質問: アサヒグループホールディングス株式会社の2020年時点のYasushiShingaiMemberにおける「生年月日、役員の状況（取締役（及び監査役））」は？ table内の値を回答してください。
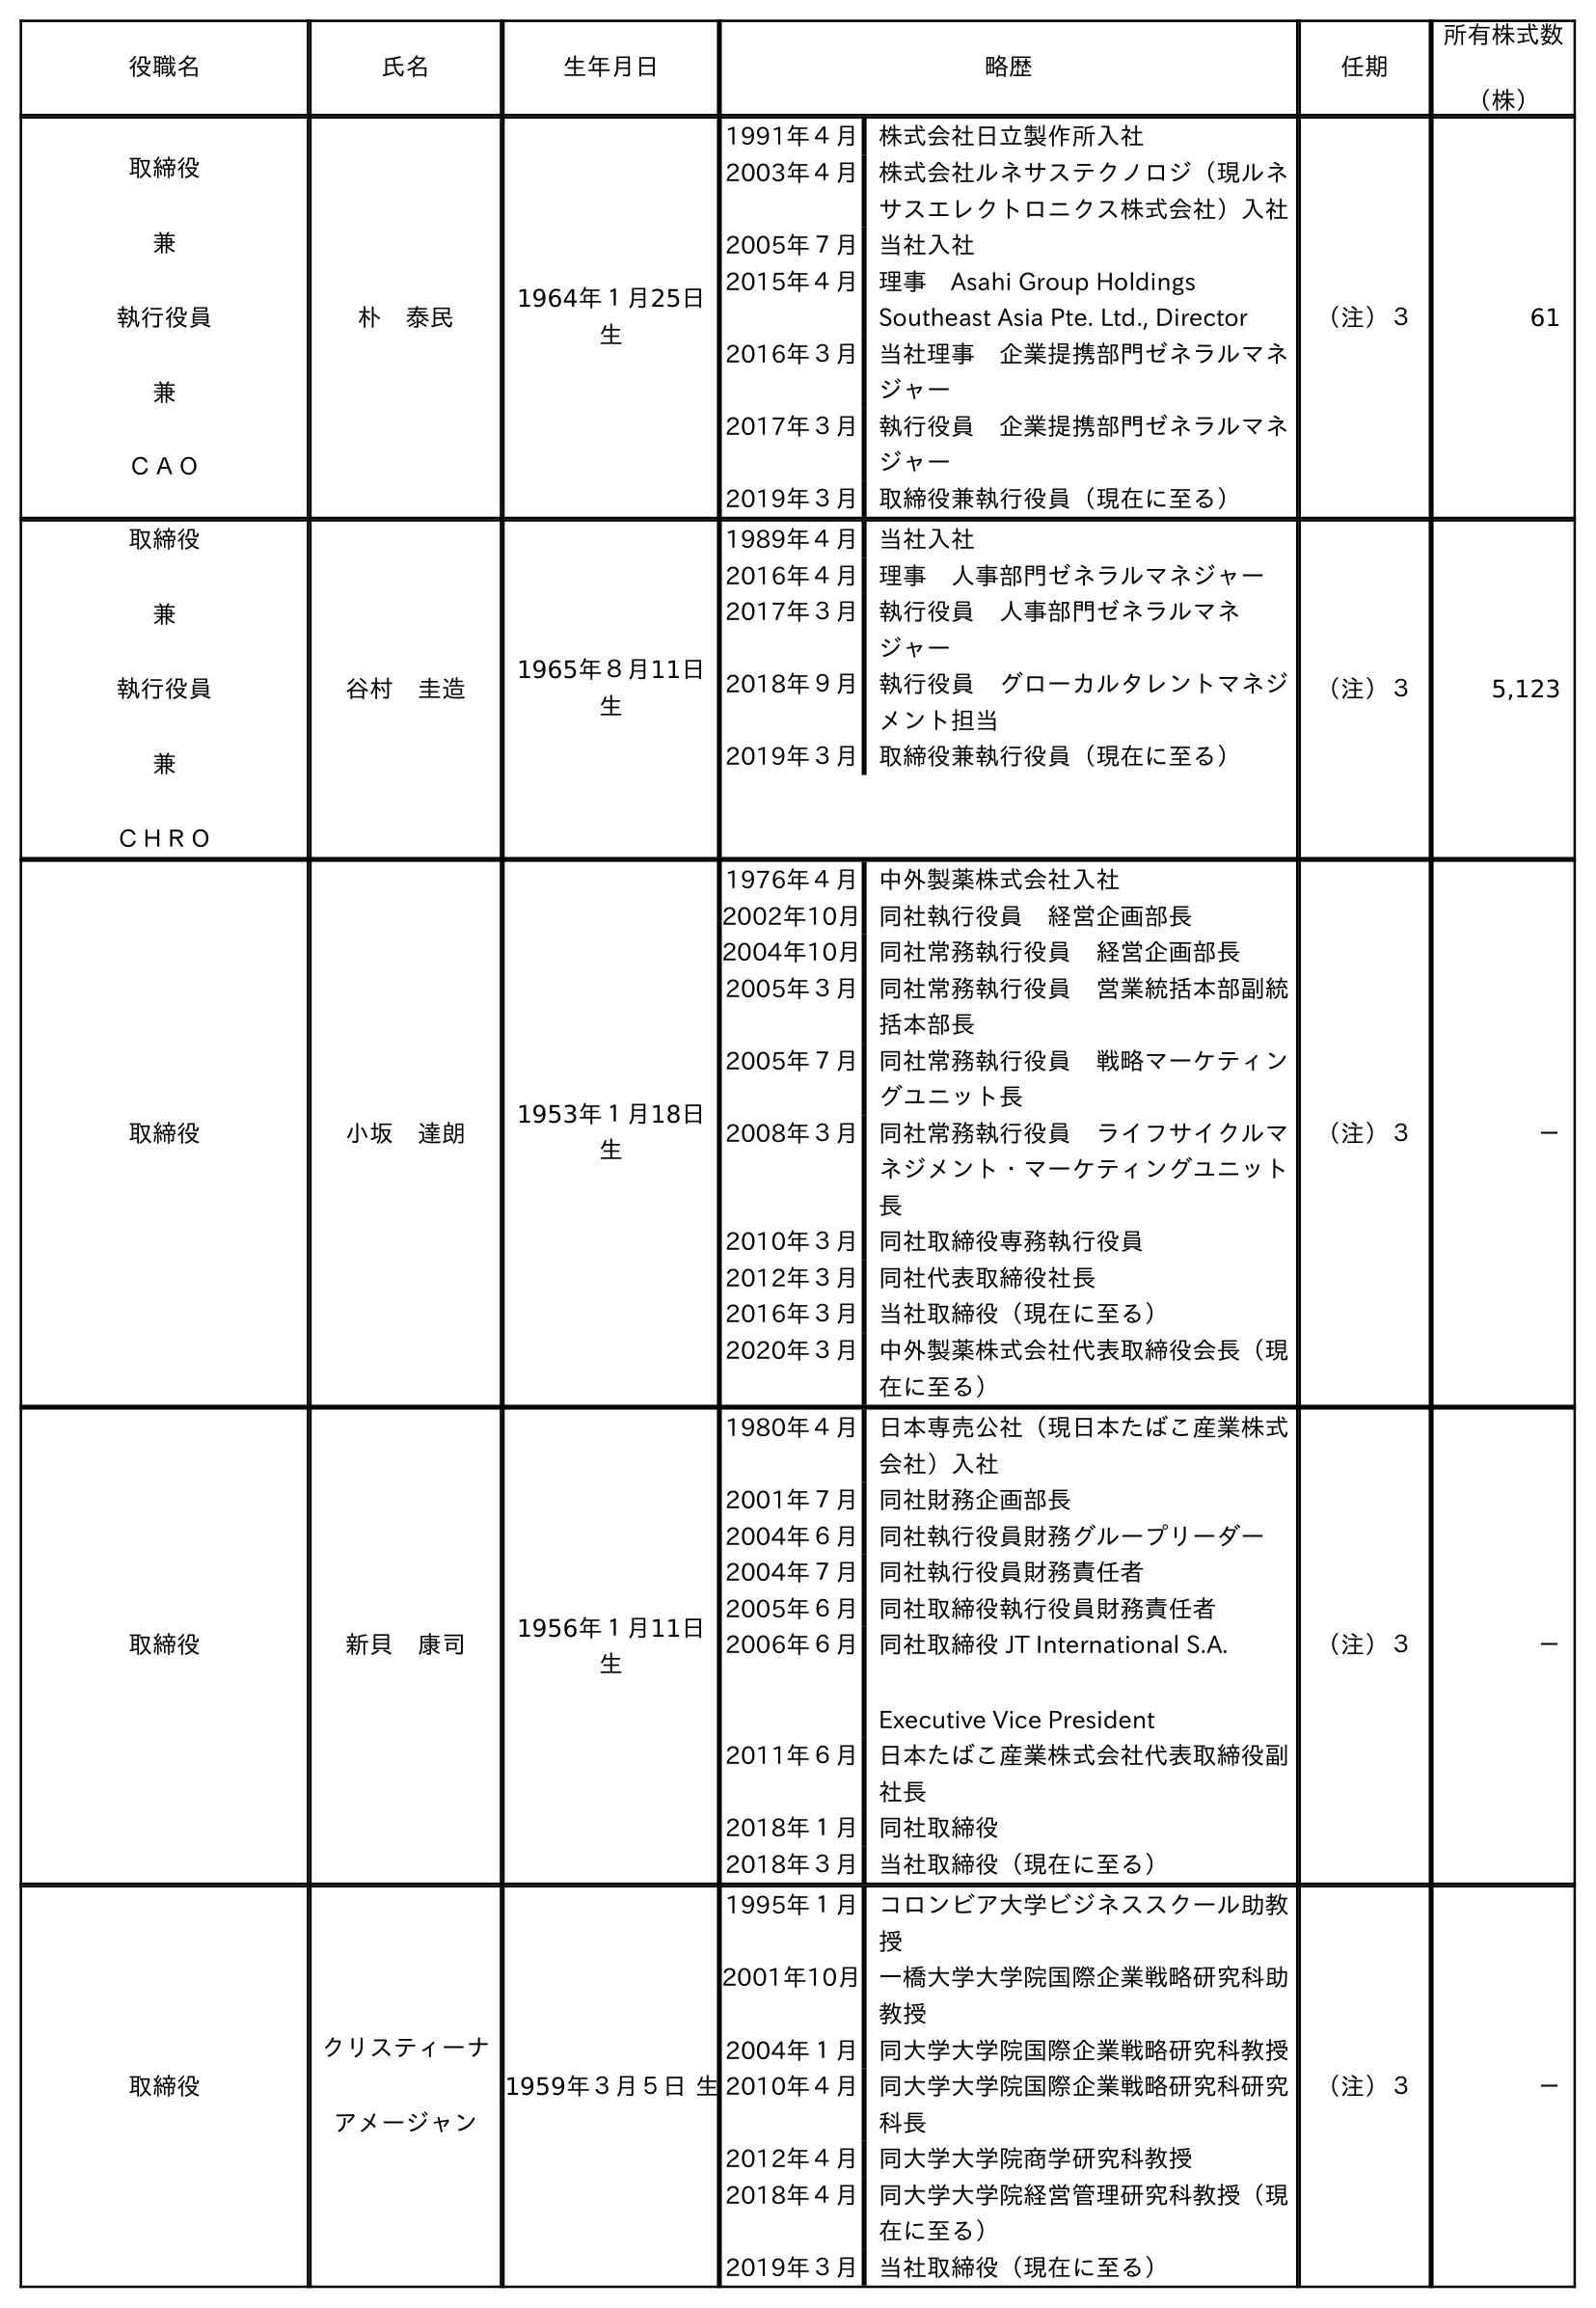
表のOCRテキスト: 役職名 氏名 生年月日 略歴 任期 所有株式数 （株） 取締役 兼 執行役員 兼 ＣＡＯ 朴 泰民 1964年１月25日 生 1991年４月 株式会社日立製作所入社 2003年４月 株式会社ルネサステクノロジ（現ルネ サスエレクトロニクス株式会社）入社 2005年７月 当社入社 2015年４月 理事 Asahi Group Holdings Southeast Asia Pte. Ltd., Director 2016年３月 当社理事 企業提携部門ゼネラルマネ ジャー 2017年３月 執行役員 企業提携部門ゼネラルマネ ジャー 2019年３月 取締役兼執行役員（現在に至る） （注）３ 61 取締役 兼 執行役員 兼 ＣＨＲＯ 谷村 圭造 1965年８月11日 生 1989年４月 当社入社 2016年４月 理事 人事部門ゼネラルマネジャー 2017年３月 執行役員 人事部門ゼネラルマネ ジャー 2018年９月 執行役員 グローカルタレントマネジ メント担当 2019年３月 取締役兼執行役員（現在に至る） （注）３ 5,123 取締役 小坂 達朗 1953年１月18日 生 1976年４月 中外製薬株式会社入社 2002年10月同社執行役員 経営企画部長 2004年10月同社常務執行役員 経営企画部長 2005年３月 同社常務執行役員 営業統括本部副統 括本部長 2005年７月 同社常務執行役員 戦略マーケティン グユニット長 2008年３月 同社常務執行役員 ライフサイクルマ ネジメント・マーケティングユニット 長 2010年３月 同社取締役専務執行役員 2012年３月 同社代表取締役社長 2016年３月 当社取締役（現在に至る） 2020年３月 中外製薬株式会社代表取締役会長（現 在に至る） （注）３ － 取締役 新貝 康司 1956年１月11日 生 1980年４月 日本専売公社（現日本たばこ産業株式 会社）入社 2001年７月 同社財務企画部長 2004年６月 同社執行役員財務グループリーダー 2004年７月 同社執行役員財務責任者 2005年６月 同社取締役執行役員財務責任者 2006年６月 同社取締役 JT International S.A. Executive Vice President 2011年６月 日本たばこ産業株式会社代表取締役副 社長 2018年１月 同社取締役 2018年３月 当社取締役（現在に至る） （注）３ － 取締役 クリスティーナ アメージャン 1959年３月５日 生 1995年１月 コロンビア大学ビジネススクール助教 授 2001年10月一橋大学大学院国際企業戦略研究科助 教授 2004年１月 同大学大学院国際企業戦略研究科教授 2010年４月 同大学大学院国際企業戦略研究科研究 科長 2012年４月 同大学大学院商学研究科教授 2018年４月 同大学大学院経営管理研究科教授（現 在に至る） 2019年３月 当社取締役（現在に至る） （注）３ －
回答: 1956年１月11日生